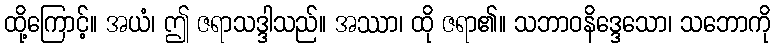
ထို့ကြောင့်။ အယံ၊ ဤ ဇရာသဒ္ဒါသည်။ အဿာ၊ ထို ဇရာ၏။ သဘာဝနိဒ္ဒေသော၊ သဘောကို